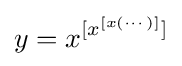
y=x^{[x^{[x(\cdots )]}]}